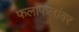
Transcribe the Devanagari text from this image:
फलाफलांवर